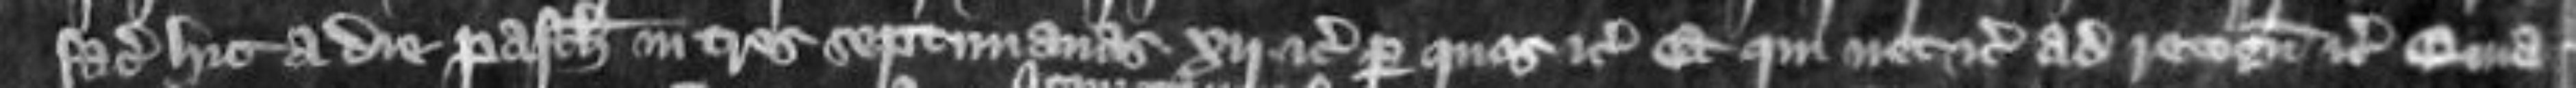
faciat hic a die Pasche in tres septimanas xij etc per quos etc Et qui nec etc ad recognoscendum etc Quia